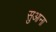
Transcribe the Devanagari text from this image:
सुआना